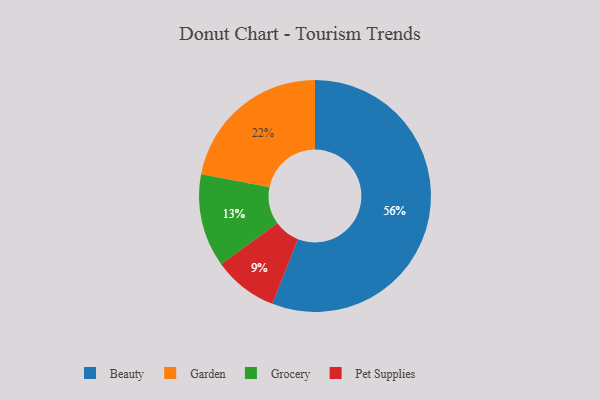
{"axis": {"x": "Category", "y": "Percentage"}, "legend": ["Beauty", "Garden", "Grocery", "Pet Supplies"], "data": [{"x": "Grocery", "y": 13, "type": "Grocery"}, {"x": "Beauty", "y": 56, "type": "Beauty"}, {"x": "Garden", "y": 22, "type": "Garden"}, {"x": "Pet Supplies", "y": 9, "type": "Pet Supplies"}]}